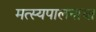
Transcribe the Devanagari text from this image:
मत्स्यपालनाचा